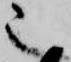
也